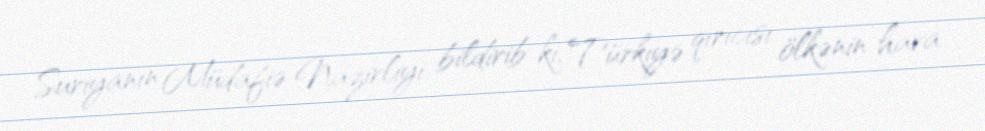
Suriyanın Müdafiə Nazirliyi bildirib ki, Türkiyə qırıcısı ölkənin hava